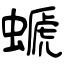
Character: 螔